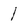
Character: 1